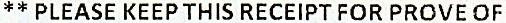
** PLEASE KEEP THIS RECEIPT FOR PROVE OF